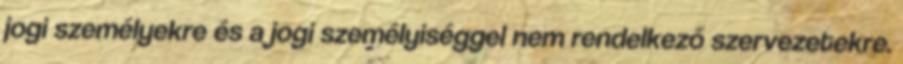
jogi személyekre és a jogi személyiséggel nem rendelkező szervezetekre.